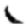
Digit: 1